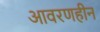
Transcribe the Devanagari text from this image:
आवरणहीन